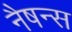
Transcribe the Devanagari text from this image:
नैषन्स